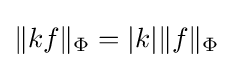
\|kf\|_{\Phi }=|k|\|f\|_{\Phi }